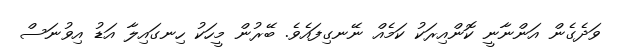
ވަދެގެން އަންނާނީ ކޮންއިރަކު ކަމެއް ނޭނގިފައެވެ. ބޭރުން މީހަކު ހިނގައިލާ އަޑު އިވުނަސް